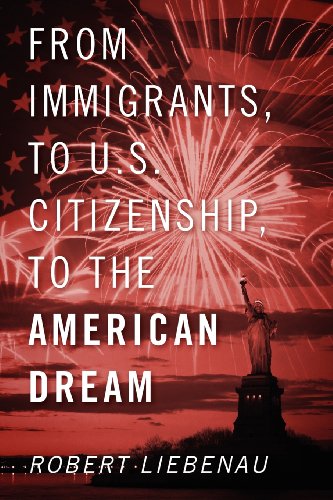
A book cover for From Immigrants, to U.S. Citizenship, to the American Dream; Robert Liebenau; Politics & Social Sciences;